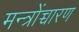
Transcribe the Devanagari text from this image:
मन्त्रोंच्चारण